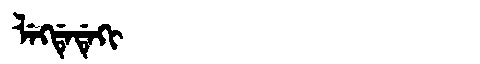
Manchu: ᠯᡝᡴᡩᡝᡩᡝᡴᡳ
Romanization: LEKDEDEKI